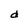
Character: d